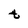
Character: t